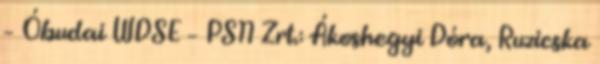
– Óbudai WDSE – PSN Zrt.: Ákoshegyi Dóra, Ruzicska